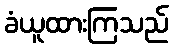
ခံယူထားကြသည်